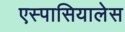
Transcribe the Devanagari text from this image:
एस्पासियालेस